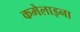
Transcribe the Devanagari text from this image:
कमेलाइना